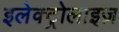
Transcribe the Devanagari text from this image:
इलेक्ट्रोलाइज़